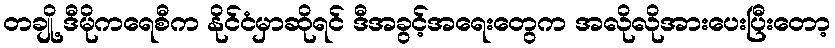
တချို့ ဒီမိုကရေစီက နိုင်ငံမှာဆိုရင် ဒီအခွင့်အရေးတွေက အလိုလိုအားပေးပြီးတော့